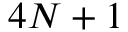
4 N + 1